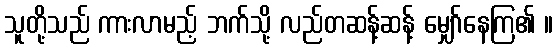
သူတို့သည် ကားလာမည့် ဘက်သို့ လည်တဆန့်ဆန့် မျှော်နေကြ၏ ။